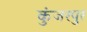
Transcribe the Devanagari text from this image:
कुंजरपुर